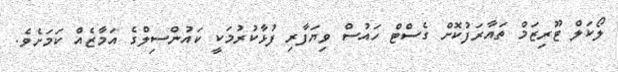
ލޯކަލް ޓޫރިޒަމް ތައާރަފުކޮށް ގެސްޓް ހައުސް ވިޔަފާރި ފުޅާކުރުމަކީ ކައުންސިލްގެ އަމާޒެއް ކަމަށެވެ.